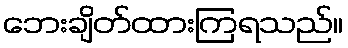
ဘေးချိတ်ထားကြရသည်။